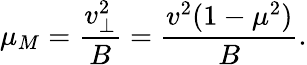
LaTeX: \mu_{M}=\frac{v_{\perp}^{2}}{B}=\frac{v^{2}(1-\mu^{2})}{B}.